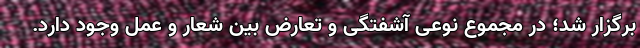
برگزار شد؛ در مجموع نوعی آشفتگی و تعارض‌ بین شعار و عمل وجود دارد.